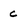
Character: c